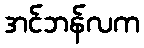
အင်ဘန်လက